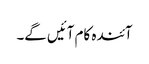
آئندہ کام آئیں گے۔